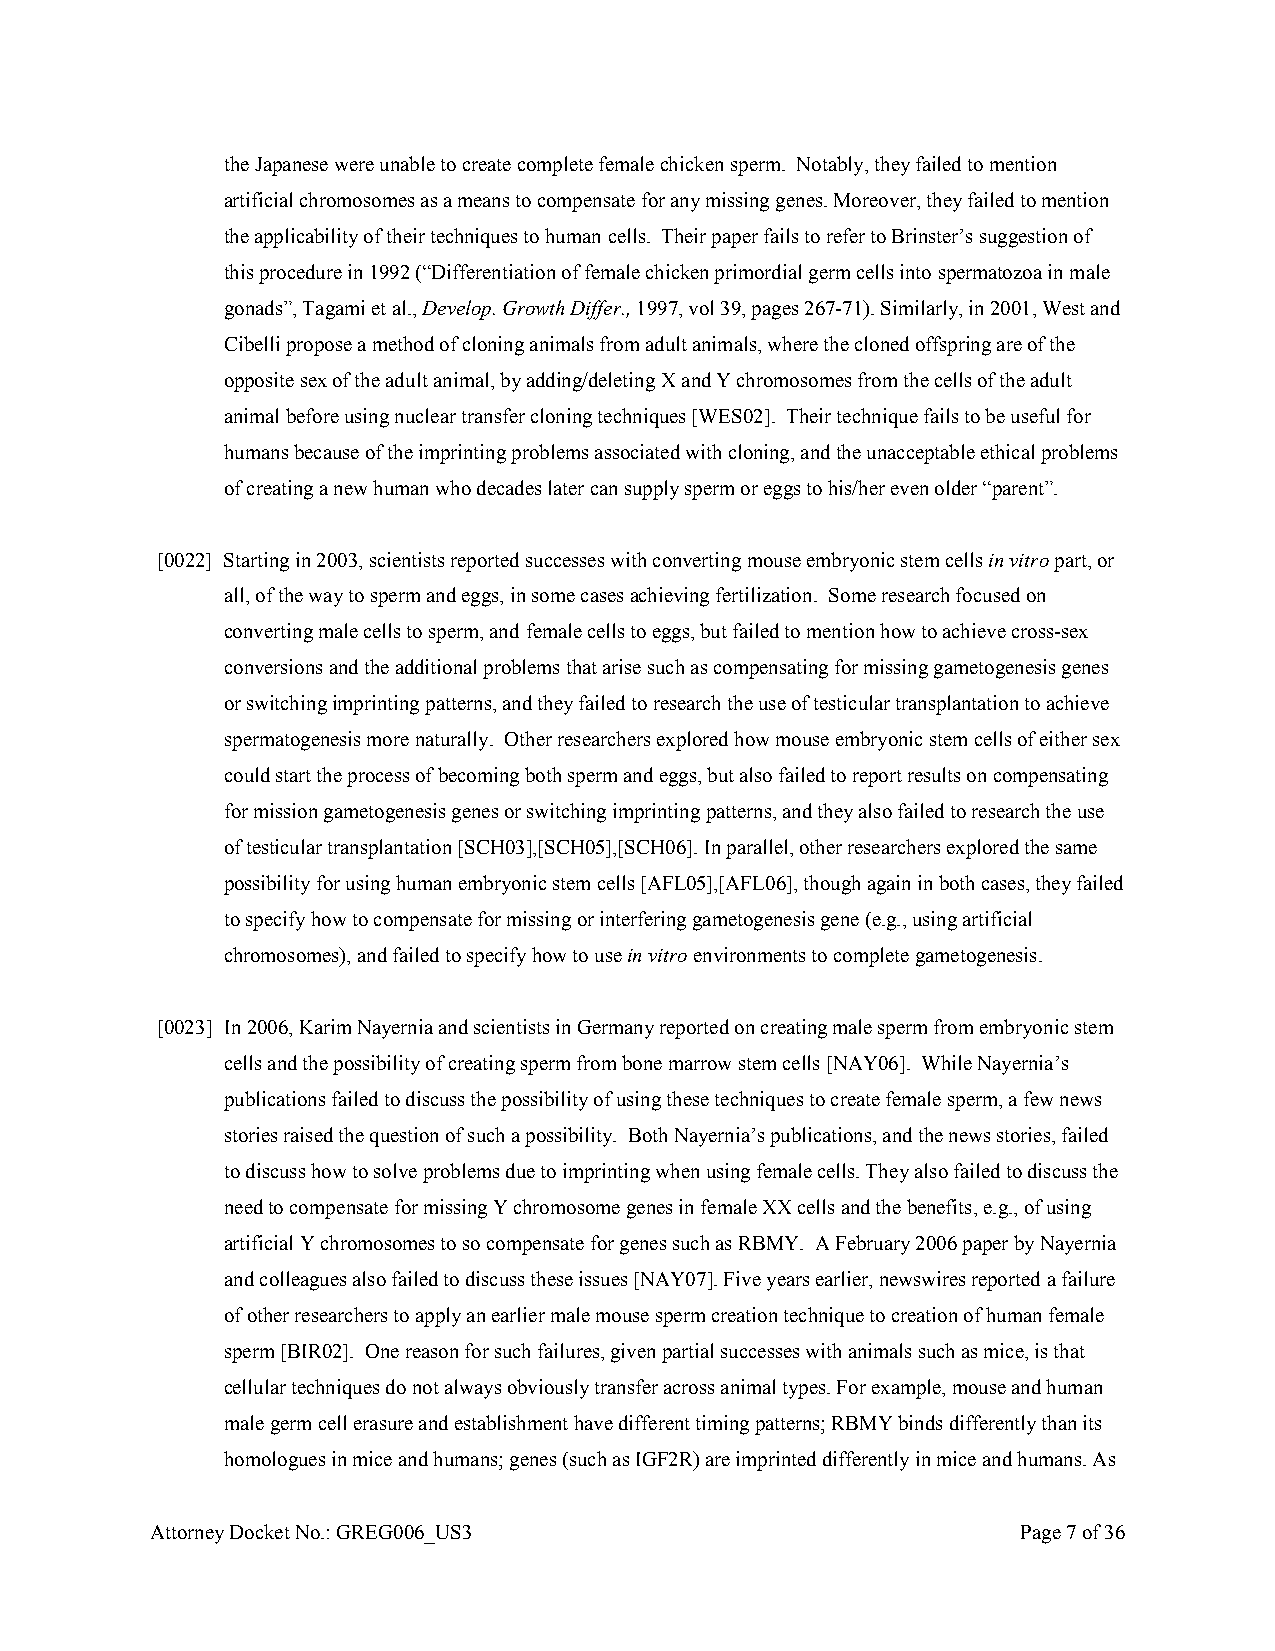
the Japanese were unable to create complete female chicken sperm. Notably, they failed to mention
 artificial chromosomes as a means to compensate for any missing genes. Moreover, they failed to mention
 the applicability of their techniques to human cells. Their paper fails to refer to Brinster’s suggestion of
 this procedure in 1992 (“Differentiation of female chicken primordial germ cells into spermatozoa in male
 gonads”, Tagami et al., Develop. Growth Differ., 1997, vol 39, pages 267-71). Similarly, in 2001, West and
 Cibelli propose a method of cloning animals from adult animals, where the cloned offspring are of the
 opposite sex of the adult animal, by adding/deleting X and Y chromosomes from the cells of the adult
 animal before using nuclear transfer cloning techniques [WES02]. Their technique fails to be useful for
 humans because of the imprinting problems associated with cloning, and the unacceptable ethical problems
 of creating a new human who decades later can supply sperm or eggs to his/her even older “parent”.
 [0022] Starting in 2003, scientists reported successes with converting mouse embryonic stem cells in vitro part, or
 all, of the way to sperm and eggs, in some cases achieving fertilization. Some research focused on
 converting male cells to sperm, and female cells to eggs, but failed to mention how to achieve cross-sex
 conversions and the additional problems that arise such as compensating for missing gametogenesis genes
 or switching imprinting patterns, and they failed to research the use of testicular transplantation to achieve
 spermatogenesis more naturally. Other researchers explored how mouse embryonic stem cells of either sex
 could start the process of becoming both sperm and eggs, but also failed to report results on compensating
 for mission gametogenesis genes or switching imprinting patterns, and they also failed to research the use
 of testicular transplantation [SCH03],[SCH05],[SCH06]. In parallel, other researchers explored the same
 possibility for using human embryonic stem cells [AFL05],[AFL06], though again in both cases, they failed
 to specify how to compensate for missing or interfering gametogenesis gene (e.g., using artificial
 chromosomes), and failed to specify how to use in vitro environments to complete gametogenesis.
 [0023] In 2006, Karim Nayernia and scientists in Germany reported on creating male sperm from embryonic stem
 cells and the possibility of creating sperm from bone marrow stem cells [NAY06]. While Nayernia’s
 publications failed to discuss the possibility of using these techniques to create female sperm, a few news
 stories raised the question of such a possibility. Both Nayernia’s publications, and the news stories, failed
 to discuss how to solve problems due to imprinting when using female cells. They also failed to discuss the
 need to compensate for missing Y chromosome genes in female XX cells and the benefits, e.g., of using
 artificial Y chromosomes to so compensate for genes such as RBMY. A February 2006 paper by Nayernia
 and colleagues also failed to discuss these issues [NAY07]. Five years earlier, newswires reported a failure
 of other researchers to apply an earlier male mouse sperm creation technique to creation of human female
 sperm [BIR02]. One reason for such failures, given partial successes with animals such as mice, is that
 cellular techniques do not always obviously transfer across animal types. For example, mouse and human
 male germ cell erasure and establishment have different timing patterns; RBMY binds differently than its
 homologues in mice and humans; genes (such as IGF2R) are imprinted differently in mice and humans. As
 Attorney Docket No.: GREG006_US3                          Page 7 of 36